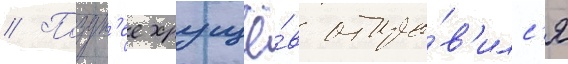
// Поздн'ее хрущё́в отпра́в'илс'я